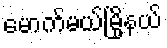
မောက်မယ်မြို့နယ်